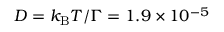
D = k _ { \mathrm { B } } T / \Gamma = 1 . 9 \times 1 0 ^ { - 5 }